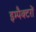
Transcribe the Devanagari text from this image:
इम्पैक्टरों